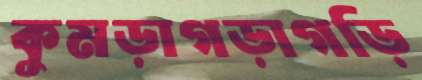
কুমড়াগড়াগড়ি